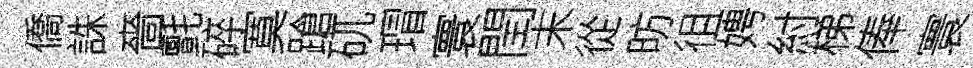
僑誅嗇氈碎寞蹌矹瑁寰閏末從昉徂娉紂梯俸寰